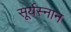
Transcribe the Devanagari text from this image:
सूर्यस्नान